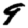
Digit: 9